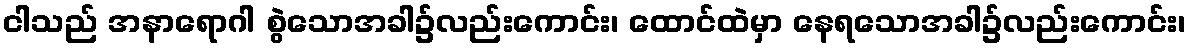
ငါသည် အနာရောဂါ စွဲသောအခါ၌လည်းကောင်း၊ ထောင်ထဲမှာ နေရသောအခါ၌လည်းကောင်း၊